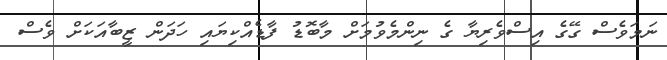
ނަމަވެސް ގޭގެ އިސްވެރިޔާ ގެ ނިންމެވުމަށް މާބޮޑު ފާޑެއްކިޔައި ހަދަން ޒީބާއަކަށް ވެސް